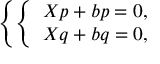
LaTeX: \left\{ \left\{ \begin{array} { l l } { { X p + b p = 0 , } } \\ { { X q + b q = 0 , } } \end{array} \right. \right.